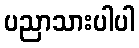
ပညာသားပါပါ